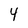
Character: 4